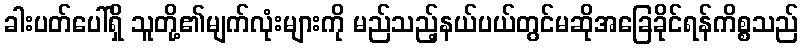
ခါးပတ်ပေါ်ရှိ သူတို့၏မျက်လုံးများကို မည်သည့်နယ်ပယ်တွင်မဆိုအခြေခိုင်ရန်ကိစ္စသည်